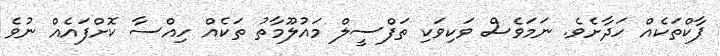
ޕާކްތަކެއް ހަދާށެވެ. ނަމަވެސް ވަކިވަކި ތަފްސީލް މައުލޫމާތު ތަކެއް ހިއްސާ ކޮށްފައެއް ނުވެ